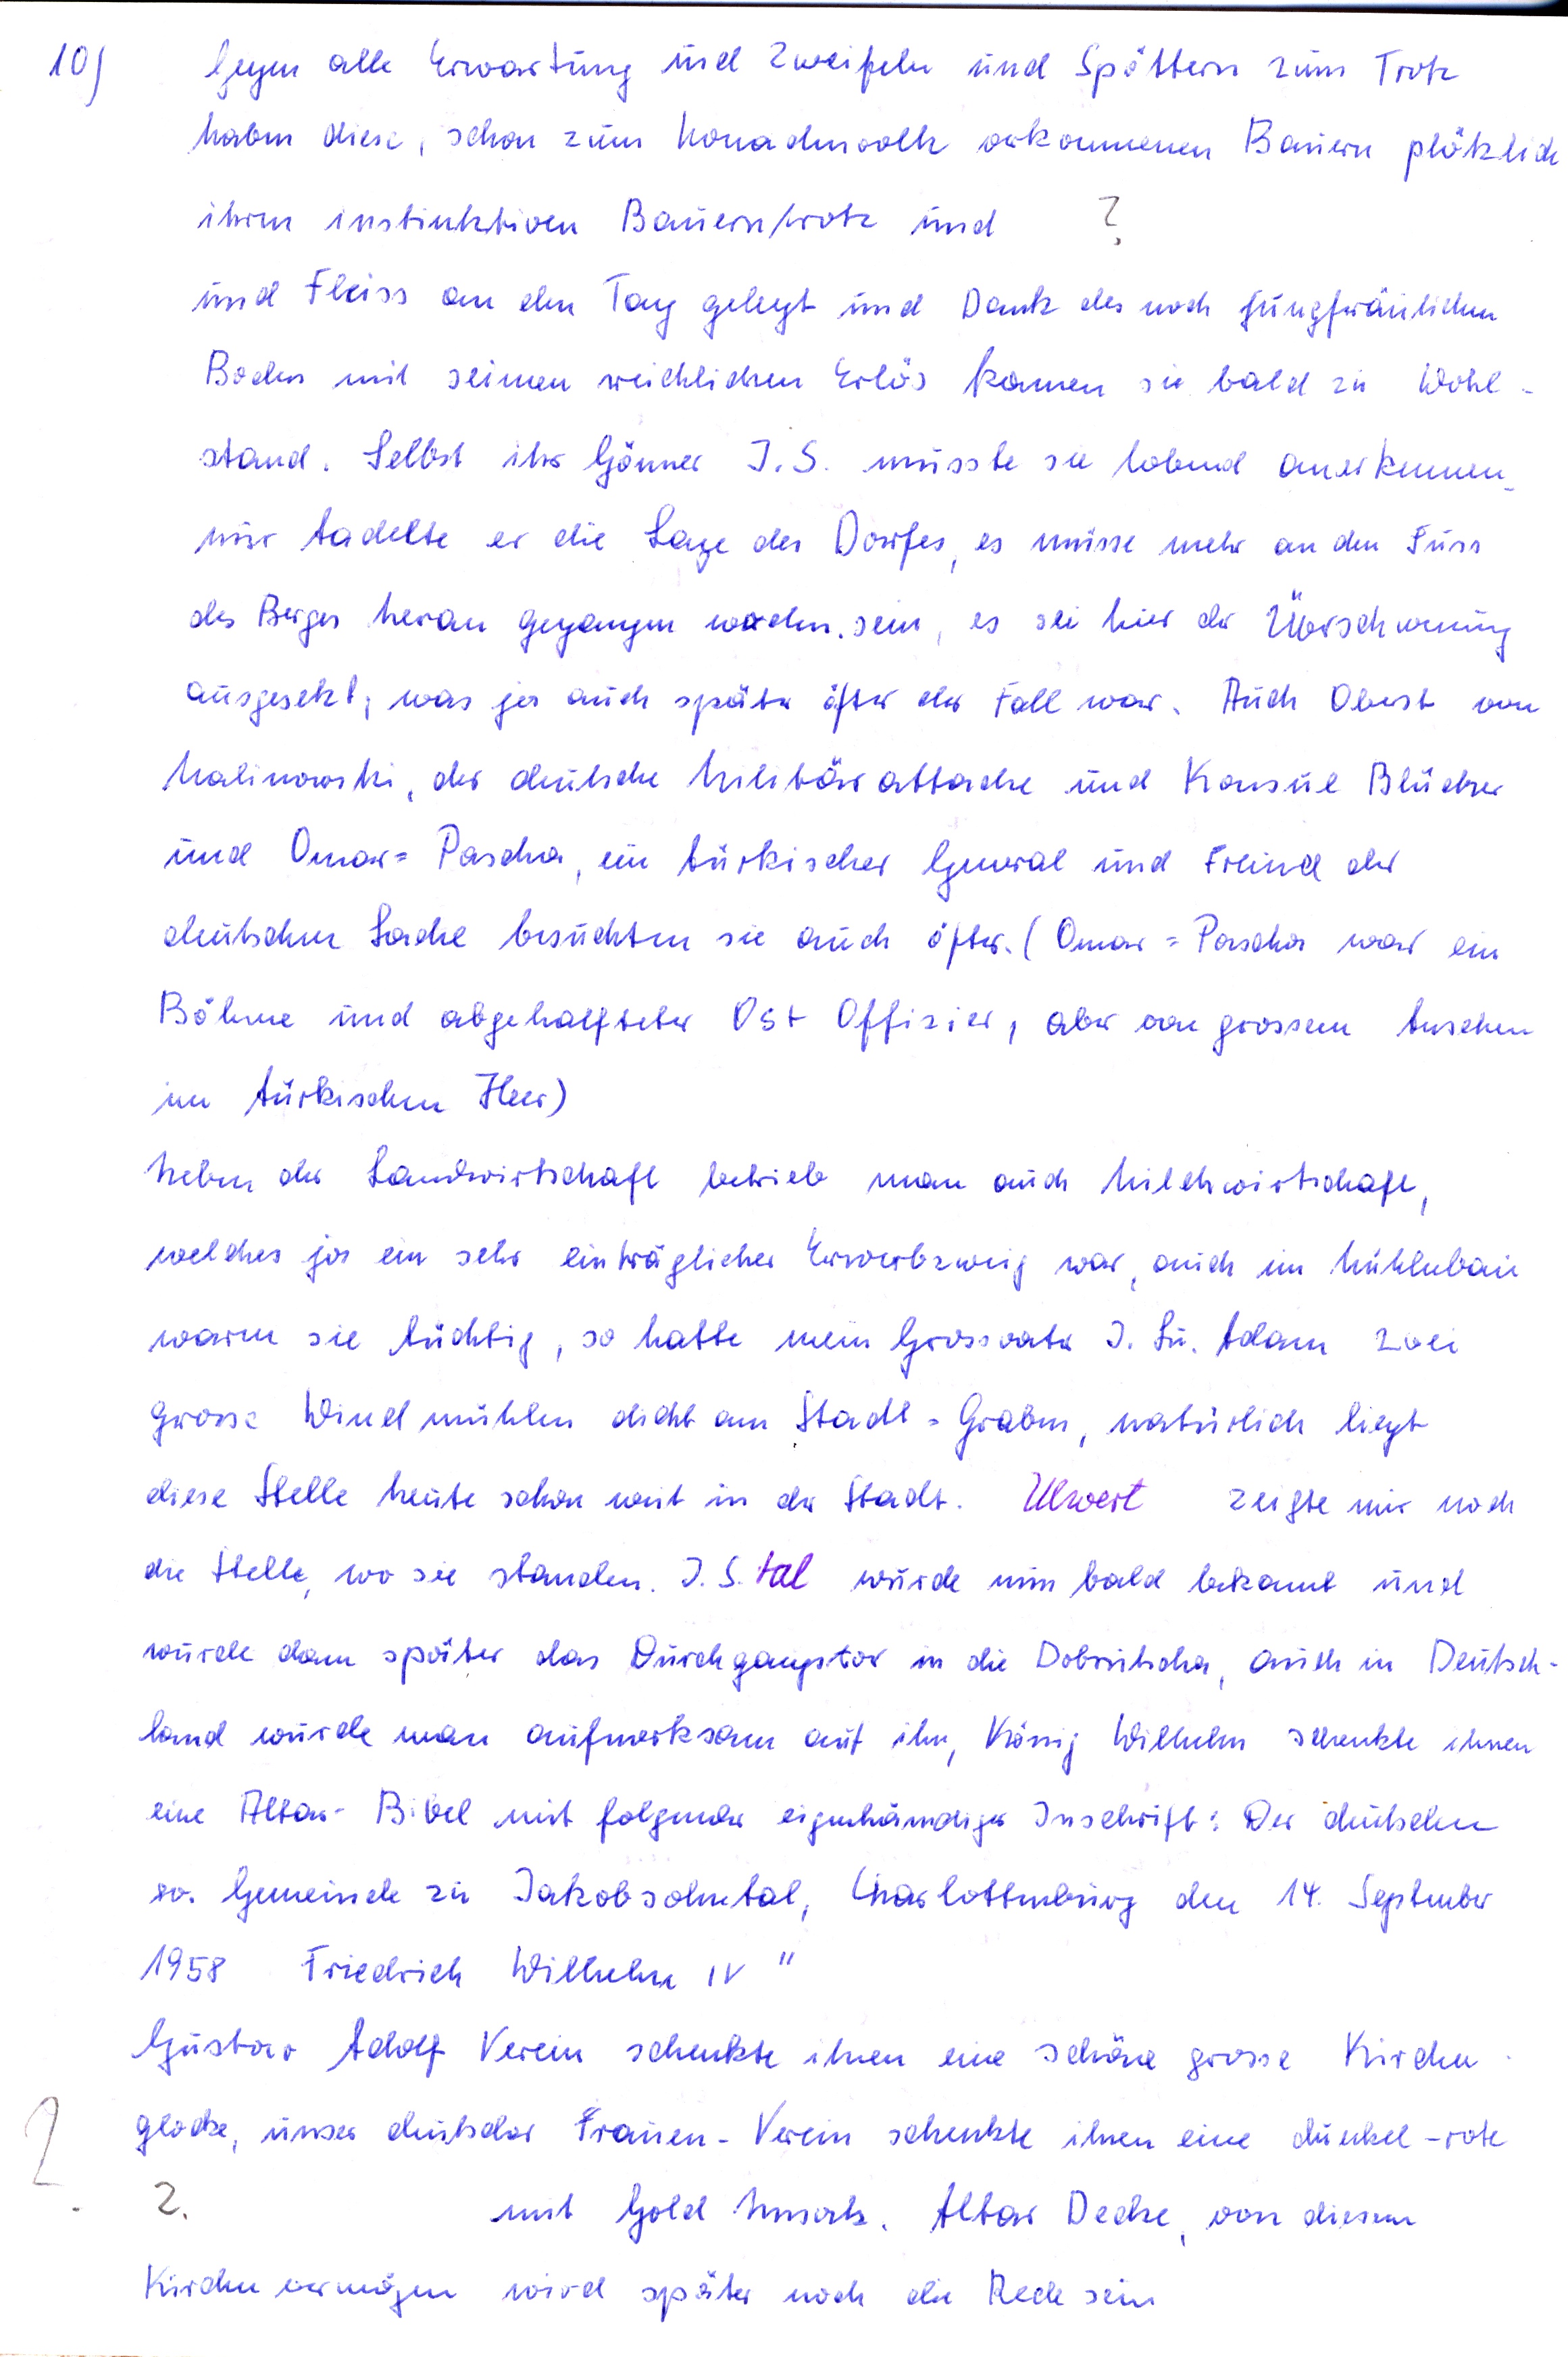
10

Gegen alle Erwartung und Zweifeln und Spöttern zum Trotz
haben diese, schon zum Nomadenvolk verkommenen Bauern plötzlich
?
ihren instinktiven Bauerntrotz und
und Fleiss an den Tag gelegt und Dank des noch jungfräulichen
Boden mit seinem reichlichen Erlös kamen sie bald zu Wohl
stand. Selbst ihr Gönner J.S. musste sie lobend anerkennen
nur tadelte er die Lage des Dorfes, es müsse mehr an den Fuss
des Berges heran gegangen worden sein, es sei hier der Überschwemmung
ausgesetzt, was ja auch später öfter der Fall war. Auch Oberst von
Malinowski, der deutsche Militärattache und Konsul Blücher
und Omar= Pascha, ein türkischer General und Freund der
deutschen Sache besuchten sie auch öfter (Omar= Pascha war ein
Böhme und abgehalfteter Ost Offizier, aber von grossem Ansehen
im türkischen Heer)
Neben der Landwirtschaft betrieb man auch Milchwirtschaft,
welches ja ein sehr einträglicher Erwerbszweig war, auch im Mühlenbau
waren sie tüchtig, so hatte mein Grossvater J.Bu. Adam zwei
grosse Windmühlen dicht am Stadt = Graben, natürlich liegt
diese Stelle heute schon weit in der Stadt. Ulwert zeigte mir noch
die Stelle wo sie standen J. S tal wurde nun bald bekannt und
wurde dann später das Durchgangstor in die Dobrutscha, auch in Deutsch
land wurde man aufmerksam auf ihn, König Wilhelm schenkte ihnen
eine Altar-Bibel mit folgendr eigenhändiger Inschrift : Der deutschen
ev. Gemeinde zu Jakobsohntal, Charlottenburg den 14. September
1958 Friedrich Wilhelm IV “
Gustav Adolf Verein schenkte ihnen eine schöne grosse Kirchen
glocke, unser deutscher Frauen-Verein schenkte ihnen eine dunkel-rote
?.
mit Gold Umsatz Altar Decke, von diesem
Kirchenvermögen wird später noch die Rede sein